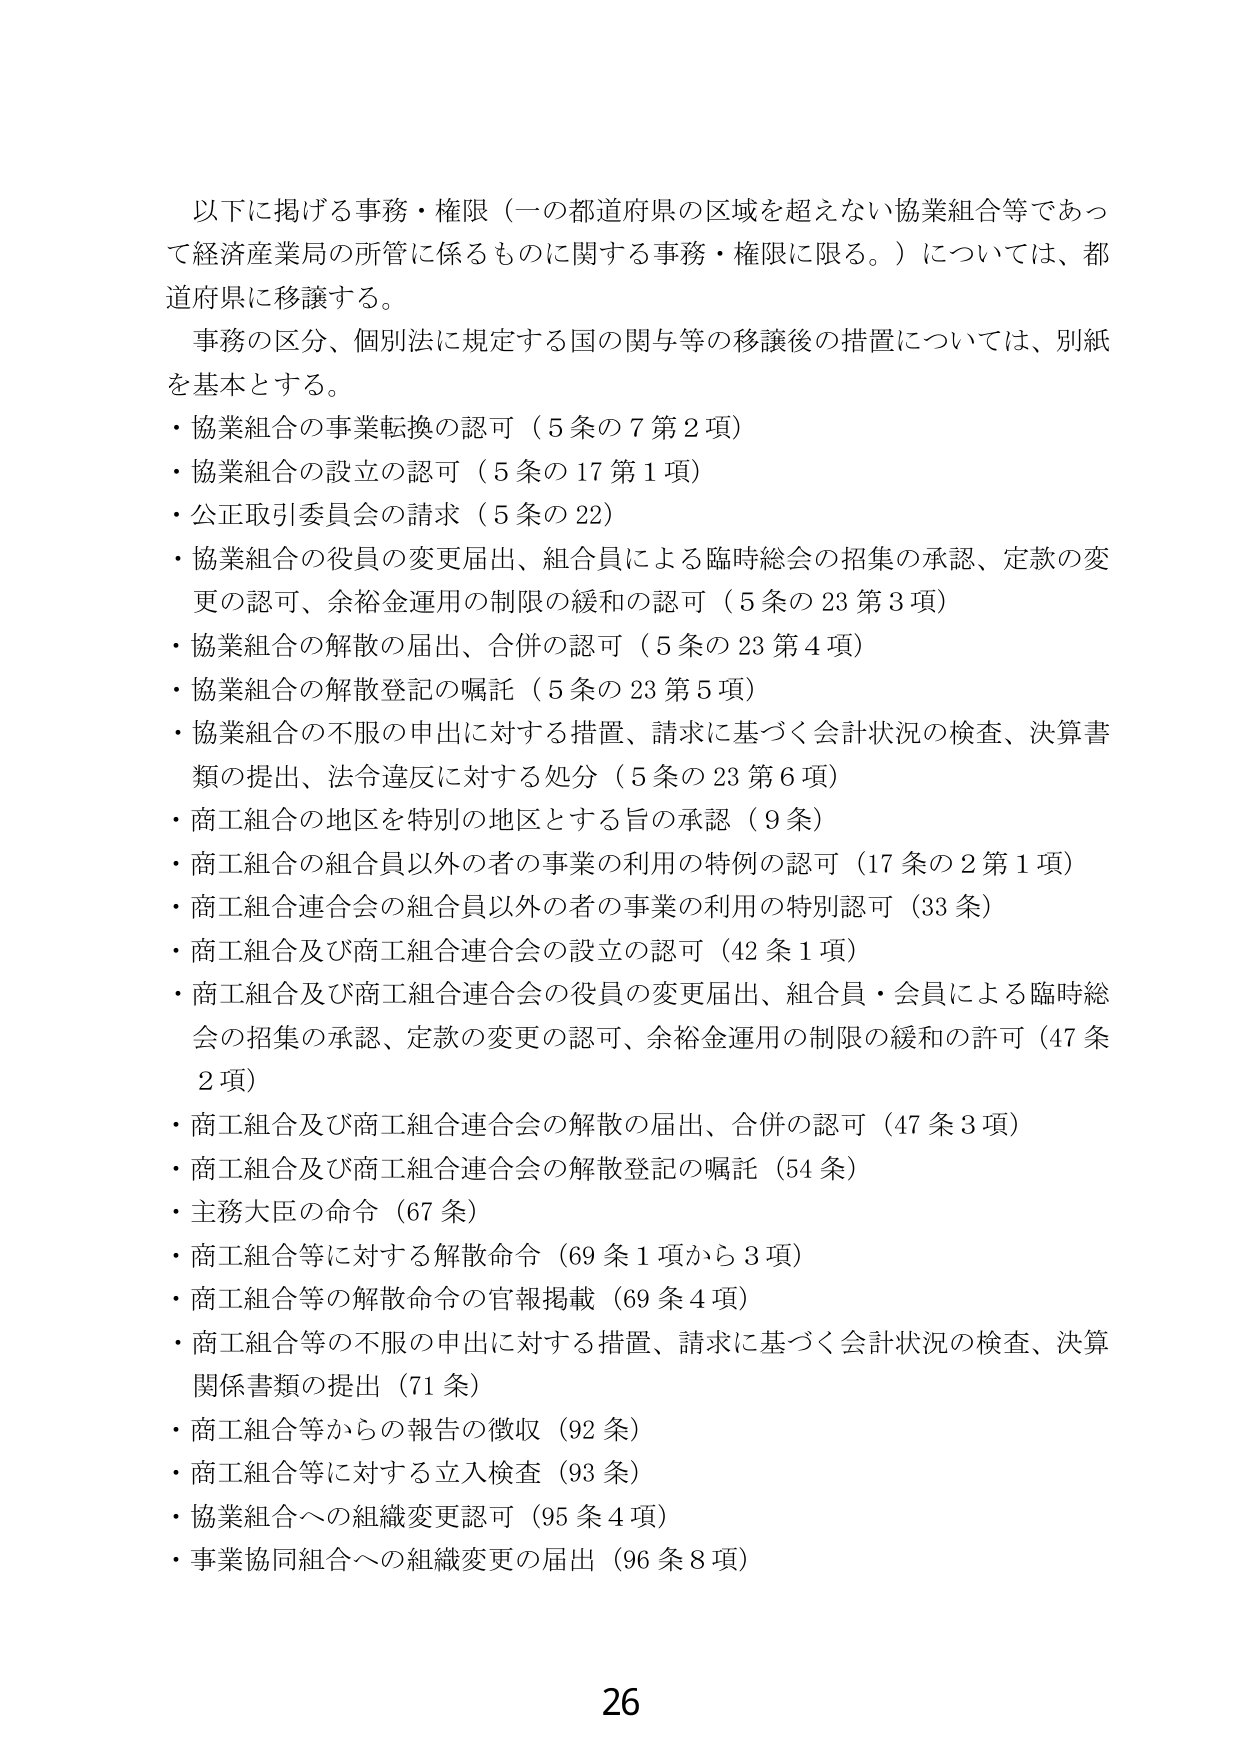
以下に掲げる事務・権限（一の都道府県の区域を超えない協業組合等であって経済産業局の所管に係るものに関する事務・権限に限る。）については、都道府県に移譲する。

事務の区分、個別法に規定する国の関与等の移譲後の措置については、別紙を基本とする。

・協業組合の事業転換の認可（5条の7第2項）
・協業組合の設立の認可（5条の17第1項）
・公正取引委員会の請求（5条の22）
・協業組合の役員の変更届出、組合員による臨時総会の招集の承認、定款の変更の認可、余裕金運用の制限の緩和の認可（5条の23第3項）
・協業組合の解散の届出、合併の認可（5条の23第4項）
・協業組合の解散登記の嘱託（5条の23第5項）
・協業組合の不服の申出に対する措置、請求に基づく会計状況の検査、決算書類の提出、法令違反に対する処分（5条の23第6項）
・商工組合の地区を特別の地区とする旨の承認（9条）
・商工組合の組合員以外の者の事業の利用の特例の認可（17条の2第1項）
・商工組合連合会の組合員以外の者の事業の利用の特別認可（33条）
・商工組合及び商工組合連合会の設立の認可（42条1項）
・商工組合及び商工組合連合会の役員の変更届出、組合員・会員による臨時総会の招集の承認、定款の変更の認可、余裕金運用の制限の緩和の許可（47条2項）
・商工組合及び商工組合連合会の解散の届出、合併の認可（47条3項）
・商工組合及び商工組合連合会の解散登記の嘱託（54条）
・主務大臣の命令（67条）
・商工組合等に対する解散命令（69条1項から3項）
・商工組合等の解散命令の官報掲載（69条4項）
・商工組合等の不服の申出に対する措置、請求に基づく会計状況の検査、決算関係書類の提出（71条）
・商工組合等からの報告の徴収（92条）
・商工組合等に対する立入検査（93条）
・協業組合への組織変更認可（95条4項）
・事業協同組合への組織変更の届出（96条8項）

26